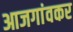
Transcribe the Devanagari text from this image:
आजगांवकर